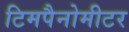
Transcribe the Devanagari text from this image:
टिमपैनोमीटर